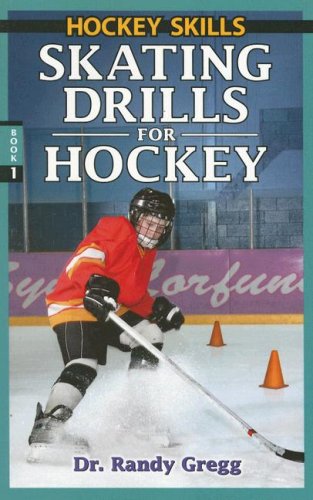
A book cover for Skating Drills for Hockey (Hockey Skills); Randy Gregg; Sports & Outdoors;